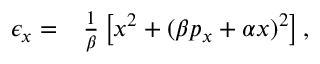
\begin{array} { r l } { \epsilon _ { x } = } & { { } \frac { 1 } { \beta } \left[ x ^ { 2 } + ( \beta p _ { x } + \alpha x ) ^ { 2 } \right] , } \end{array}